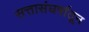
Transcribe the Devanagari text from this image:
सत्तासंघर्षातून